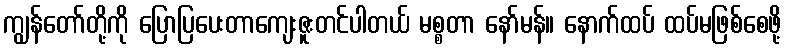
ကျွန်တော်တို့ကို ပြောပြပေးတာကျေးဇူးတင်ပါတယ် မစ္စတာ နော်မန်။ နောက်ထပ် ထပ်မဖြစ်စေဖို့